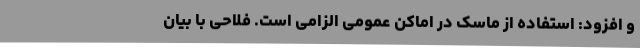
و افزود: استفاده از ماسک در اماکن عمومی الزامی است. فلاحی با بیان